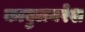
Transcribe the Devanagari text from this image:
काबुलनरेश